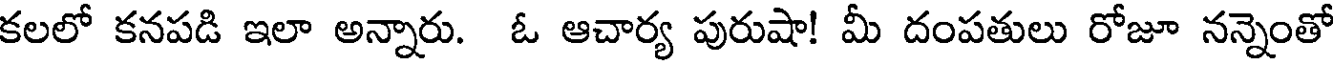
కలలో కనపడి ఇలా అన్నారు. ఓ ఆచార్య పురుషా! మీ దంపతులు రోజూ నన్నెంతో